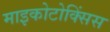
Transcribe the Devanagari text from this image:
माइकोटोक्सिंस